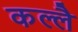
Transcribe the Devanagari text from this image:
कल्लै